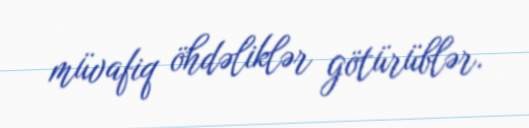
müvafiq öhdəliklər götürüblər.